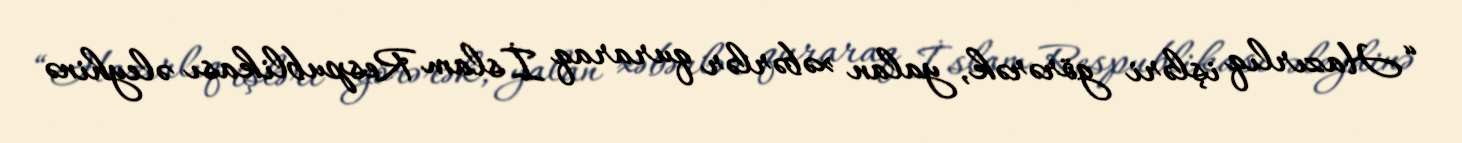
“Hazırlıq işləri görərək, yalan xəbərlər quraraq İslam Respublikası əleyhinə